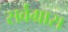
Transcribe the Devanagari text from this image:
सर्वग्रास